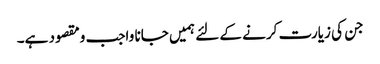
جن کی زیارت کرنے کے لئے ہمیں جانا واجب ومقصود ہے۔